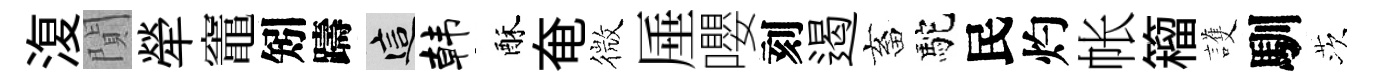
𣸪閴犖竈矧躊這韩酥奄微厜嚶刻遏畜駝民灼帐籕護馴茨